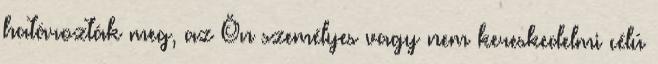
határozták meg, az Ön személyes vagy nem kereskedelmi célú